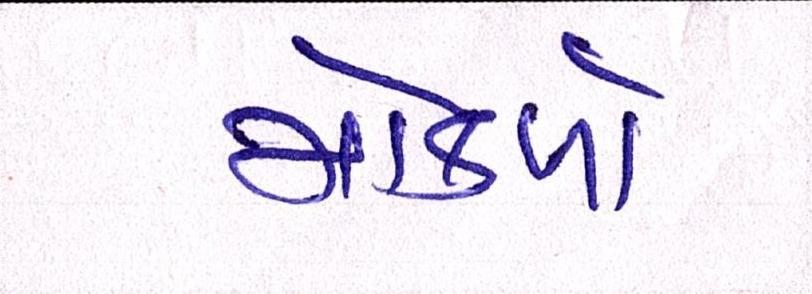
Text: મોકળો